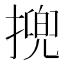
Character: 㨮